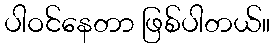
ပါဝင်နေတာ ဖြစ်ပါတယ်။